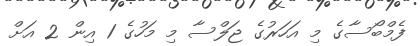
ފެމްބޯސާގެ މި އަހަރުގެ ޖަލްސާ މި މަހުގެ 1 އިން 2 އަށް